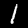
Digit: 1